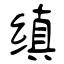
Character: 缜